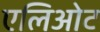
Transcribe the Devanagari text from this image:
एलिओट